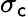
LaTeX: \sigma_{\mathsf{c}}